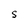
Character: S